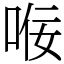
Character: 𫪢